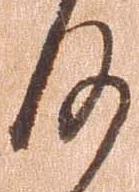
何